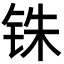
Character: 铢